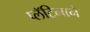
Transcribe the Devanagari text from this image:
प्लॅटिनाने